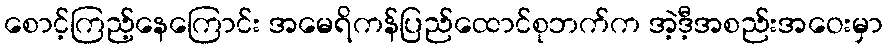
စောင့်ကြည့်နေကြောင်း အမေရိကန်ပြည်ထောင်စုဘက်က အဲ့ဒီ့အစည်းအဝေးမှာ